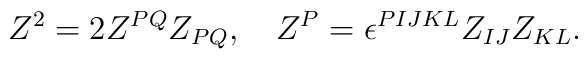
Z^2=2Z^{PQ}Z_{PQ},\quad Z^P=\epsilon^{PIJKL}Z_{IJ}Z_{KL}.